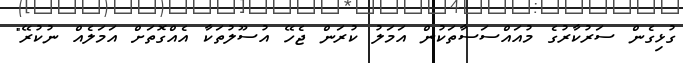
ގުޅިގެން ސަރުކާރުގެ މުއައްސަސާތަކުން އަމަލު ކުރަން ޖެހޭ އުސޫލުތަކާ އެއްގޮތަށް އަމަލެއް ނުކުރޭ"